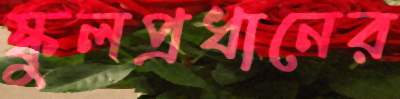
স্কুলপ্রধানের